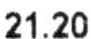
21.20